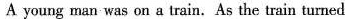
A young man was on a train.As the train turned